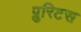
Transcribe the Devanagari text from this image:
प्रुरिटस